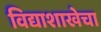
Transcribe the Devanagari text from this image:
विद्याशाखेचा